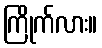
ကြိုက်လား။